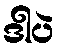
ဒါပဲ